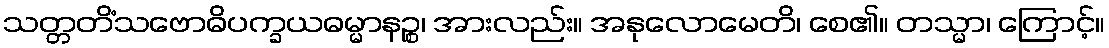
သတ္တတိံသဗောဓိပက္ခယဓမ္မာနဉ္စ၊ အားလည်း။ အနုလောမေတိ၊ စေ၏။ တသ္မာ၊ ကြောင့်။